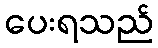
ပေးရသည်